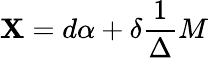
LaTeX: \mathbf{X}=d\alpha+\delta\frac{{1}}{{\Delta}}M